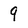
Character: 9